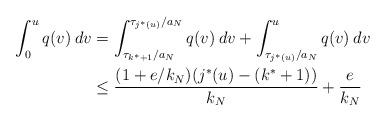
LaTeX: \begin{align*}\int_0^u q(v) \: dv &= \int_{\tau_{k^*+1}/a_N}^{\tau_{j^*(u)}/a_N} q(v) \: dv + \int_{\tau_{j^*(u)}/a_N}^u q(v) \: dv \\&\leq \frac{(1 + e/k_N)(j^*(u) - (k^*+1))}{k_N} + \frac{e}{k_N}\end{align*}